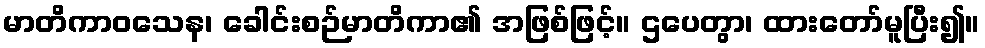
မာတိကာဝသေန၊ ခေါင်းစဉ်မာတိကာ၏ အဖြစ်ဖြင့်။ ဌပေတွာ၊ ထားတော်မူပြီး၍။